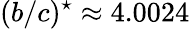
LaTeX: (b/c)^{\star}\approx 4.0024